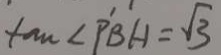
\tan \angle P B H = \sqrt { 3 }